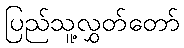
ပြည်သူ့လွှတ်တော်